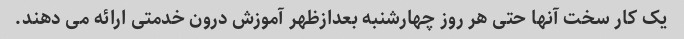
یک کار سخت آنها حتی هر روز چهارشنبه بعدازظهر آموزش درون خدمتی ارائه می دهند.